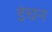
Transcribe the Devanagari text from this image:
इंचन